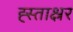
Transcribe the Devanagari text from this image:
ह्स्ताक्ष्रर